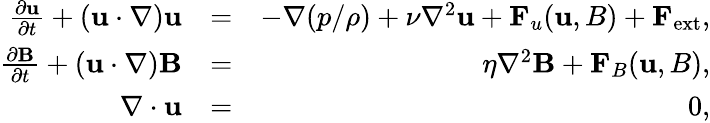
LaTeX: \begin{array}{rlr}{\frac{\partial{\mathbf u}}{\partial t}+({\mathbf u}\cdot\nabla){\mathbf u}}&{=}&{-\nabla({p}/{\rho})+\nu\nabla^{2}{\mathbf u}+{\mathbf F}_{u}({\mathbf u,B})+{\mathbf F}_{\mathrm{ext}},}\\ {\frac{\partial{\mathbf B}}{\partial t}+({\mathbf u}\cdot\nabla){{\mathbf B}}}&{=}&{\eta\nabla^{2}{{\mathbf B}}+{\mathbf F}_{B}({\mathbf u,B}),}\\ {\nabla\cdot{\mathbf u}}&{=}&{0,}\end{array}